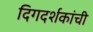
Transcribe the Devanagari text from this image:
दिगदर्शकांची